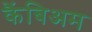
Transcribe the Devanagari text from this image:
कैंबिअम